Vaccination North-Western Provinces and Oudh 1878-1895 - 1878-1895
Year: 1878
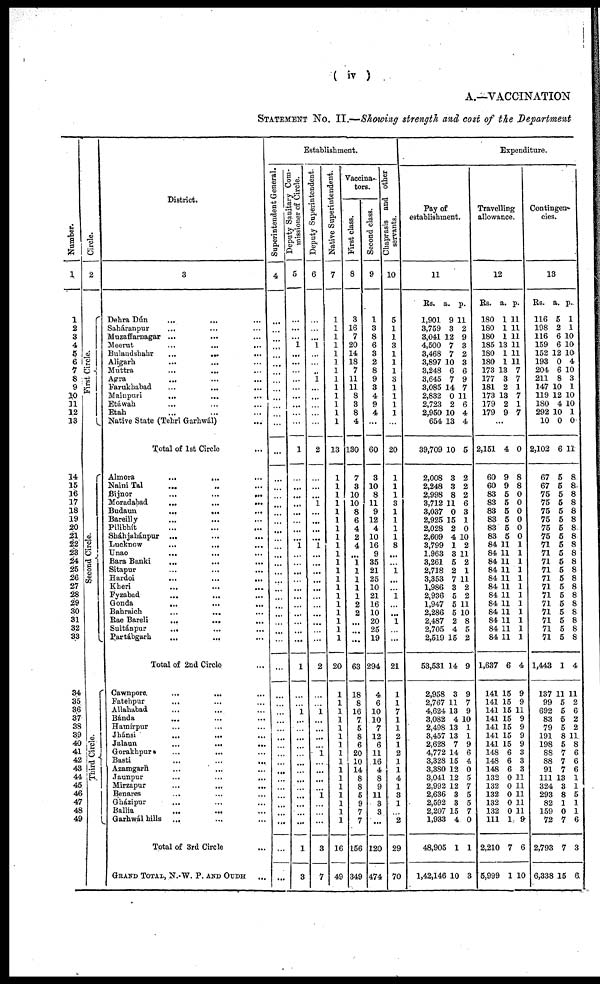
( iv )
A.—VACCINATION
STATEMENT No. II.—Showing strength and cost of the Department
Number.
1
1
2
3
4
5
6
7
8
9
10
11
12
13
14
15
16
17
18
19
20
21
22
23
24
25
26
27
28
29
30
31
32
33
34
35
36
37
38
39
40
41
42
43
44
45
46
47
48
49
Circle.
2
First Circle.
Second Circle.
Third Circle.
District.
3
Dehra Dún
... ... ...
Saháranpur ... ... ...
Muzaffarnagar ... ... ...
Meerut
...
...
...
Bulandshahr ... ... ...
Aligarh ... ... ...
Muttra ... ... ...
Agra
... ... ...
Farukhabad
...
...
...
Mainpuri
... ... ...
Etáwah ... ... ...
Etah ... ... ...
Native State (Tehri Garhwál) ...
Total of 1st Circle ...
Almora
...
...
...
Naini Tal ... ... ...
Bijnor
...
...
...
Moradabad
...
...
...
Budaun
...
... ...
Bareilly ... ... ...
Pilibhít ... ... ...
Sháhjabánpur ... ... ...
Lucknow
...
... ...
Unao
...
...
...
Bara Banki ... ... ...
Sitapur ... ... ...
Hardoi
...
...
...
Kheri
...
...
...
Fyzabad ... ... ...
Gonda
... ... ...
Babraich ... ... ...
Rae Bareli ... ... ...
Sultánpur
... ... ...
Partábgarh ... ... ...
Total of 2nd Circle ...
Cawnpore ... ... ...
Fatehpur ... ... ...
Allahabad ... ... ...
Bánda ... ... ...
Hamírpur ... ... ...
Jhánsi
...
... ...
Jalaun
...
...
...
Gorakhpur ... ... ...
Basti
...
... ...
Azamgarh ... ... ...
Jaunpur
...
... ...
Mirzapur ... ... ...
Benares
... ... ...
Gházipur ... ... ...
Ballia ... ... ...
Garhwál hills ... ... ...
Total of 3rd Circle ...
GRAND TOTAL, N.-W. P. AND OUDH
Establishment.
Superintendent General.
4
...
...
...
...
...
...
...
...
...
...
...
...
...
...
...
...
...
...
...
...
...
...
...
...
...
...
...
...
...
...
...
...
...
...
...
...
...
...
...
...
...
...
...
...
...
...
...
...
...
...
...
...
...
Deputy sanitary com-
missioner of Circle.
5
...
...
...
1
...
...
...
...
...
...
...
...
...
1
...
...
...
...
...
...
...
...
1
...
...
...
...
...
...
...
...
...
...
...
1
...
...
1
...
...
...
...
...
...
...
...
...
...
...
...
...
1
3
Deputy Superintendent.
6
...
...
...
1
...
...
...
1
...
...
...
...
...
2
...
...
...
1
...
...
...
...
1
...
...
...
...
...
...
...
...
...
...
...
2
...
...
1
...
...
..
...
1
...
...
...
...
1
...
...
...
3
7
Native Superintendent.
7
1
1
1
1
1
1
1
1
1
1
1
1
1
13
1
1
1
1
1
1
1
1
1
1
1
1
1
1
1
1
1
1
1
1
20
1
1
1
1
1
1
1
1
1
1
1
1
1
1
1
1
16
49
Vaccina-
tors.
First class.
8
3
16
7
20
14
18
7
11
11
8
3
8
4
130
7
3
10
10
8
6
4
2
4
...
1
1
1
1
1
2
2
...
...
...
63
18
8
16
7
5
8
6
20
10
14
8
8
5
9
7
7
156
349
Second class.
9
1
3
8
6
3
2
8
9
3
4
9
4
...
60
3
10
8
11
9
12
4
10
16
9
35
21
25
10
21
16
10
20
25
19
294
4
6
10
10
7
12
6
11
16
4
8
9
11
3
3
...
120
474
Chaprasis and other
servants.
10
5
1
1
3
1
1
1
3
1
1
1
1
...
20
1
1
1
3
1
1
1
1
8
...
...
1
...
...
1
...
...
1
...
...
21
1
1
7
1
1
2
1
2
1
1
4
1
3
1
...
2
29
70
Expenditure.
Pay of
establishment.
11
Rs.
1,901
3,759
3,041
4,500
3,468
3,897
3,248
3,645
3,085
2,832
2,723
2,950
654
39,709
2,008
2,248
2,998
3,712
3,037
2,925
2,028
2,609
3,799
1,963
3,261
2,718
3,353
1,986
2,936
1,947
2,286
2,487
2,705
2,519
53,531
2,958
2,767
4,624
3,082
2,498
3,457
2,628
4,772
3,328
3,380
3,041
2,992
2,636
2,592
2,207
1,933
48,905
1,42,146
a.
9
3
12
7
7
10
6
7
14
0
2
10
13
10
3
3
8
11
0
15
2
4
1
3
5
2
7
3
5
5
5
2
4
15
14
3
11
13
4
13
13
7
14
15
12
12
12
3
3
15
4
1
10
p.
11
2
9
3
2
3
6
9
7
11
6
4
4
5
2
2
2
6
3
1
0
10
2
11
2
1
11
2
2
11
10
8
5
2
9
9
7
9
10
1
1
9
6
4
0
5
7
5
5
7
0
1
3
Travelling
allowance.
1
2
Rs.
180
180
180
185
180
180
173
177
181
173
179
179
a.
1
1
1
13
1
1
13
3
2
13
2
9
p.
1
11
11
11
11
11
7
7
1
7
1
7
...
2,151
60
60
83
83
83
83
83
83
84
84
84
84
84
84
84
84
84
84
84
84
1,637
141
141
141
141
141
141
141
148
148
148
132
132
132
132
132
111
2,210
5,999
4
9
9
5
5
5
5
5
5
11
11
11
11
11
11
11
11
11
11
11
11
6
15
15
15
15
15
15
15
6
6
6
0
0
0
0
0
1
7
1
0
8
8
0
0
0
0
0
0
1
1
1
1
1
1
1
1
1
1
1
1
4
9
9
11
9
9
9
9
3
3
3
11
11
11
11
11
9
6
10
Contingen-
cies.
1
3
Rs.
116
198
116
159
152
193
204
211
147
119
180
292
10
2,102
67
67
75
75
75
75
75
75
71
71
71
71
71
71
71
71
71
71
71
71
1,443
137
99
692
83
79
191
198
88
88
91
111
324
293
82
159
72
2,793
6,338
a.
5
2
6
6
12
0
6
8
10
12
4
10
0
6
5
5
5
5
5
5
5
5
5
5
5
5
5
5
5
5
5
5
5
5
1
11
5
5
5
5
8
5
7
7
7
13
3
8
1
0
7
7
15
p.
1
1
10
10
10
4
10
3
1
10
10
1
0
11
8
8
8
8
8
8
8
8
8
8
8
8
8
8
8
8
8
8
8
8
4
11
2
6
2
2
11
8
6
6
6
1
1
5
1
1
6
3
6